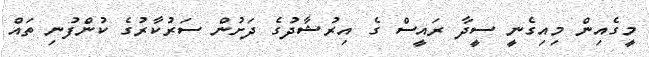
މީގެއިން މިއިގެނީ ސީދާ ރައީސް ގެ އިރުޝާދުގެ ދަށުން ސަރުކާރުގެ ކުންފުނި ތައް